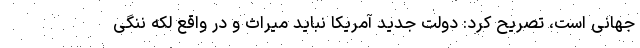
جهانی است، تصریح کرد: دولت جدید آمریکا نباید میراث و در واقع لکه ننگی